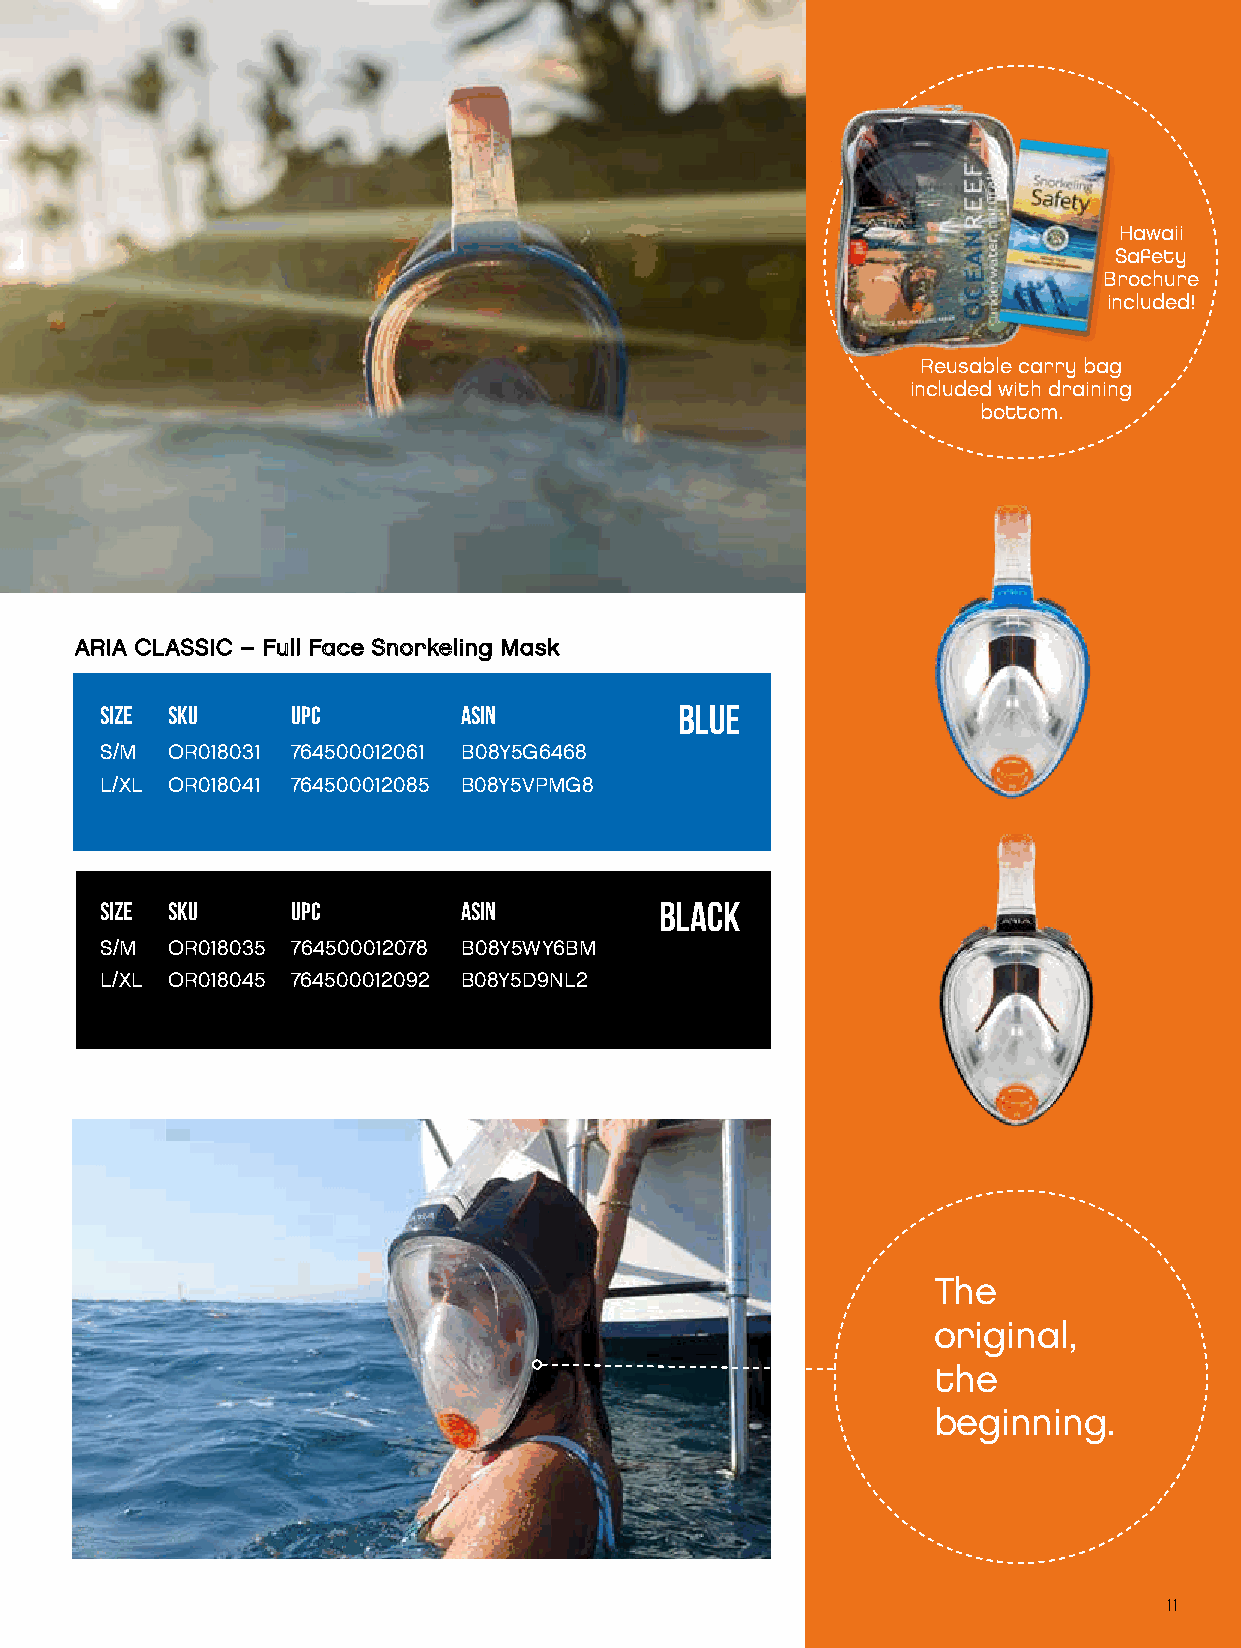
Hawaii
 Safety
 Brochure
 included!
 Reusable carry bag
 included with draining
 bottom.
 AARRIIAA CCLLAASSSSIICC –– FFuullll FFaaccee SSnnoorrkkeelliinngg MMaasskk
 SIZE SKU    UPC         ASIN          BLUE
 S/M OR018031 764500012061 B08Y5G6468
 L/XL OR018041 764500012085 B08Y5VPMG8
 SIZE SKU    UPC         ASIN         BLACK
 S/M OR018035 764500012078 B08Y5WY6BM
 L/XL OR018045 764500012092 B08Y5D9NL2
 The
 original,
 the
 beginning.
 11